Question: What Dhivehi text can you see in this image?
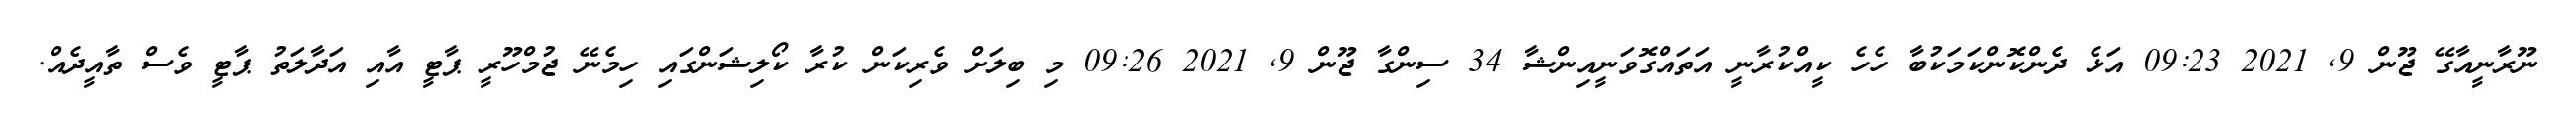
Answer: ނޫރާނީއާގޭ ޖޫން 9, 2021 09:23 އަޅެ ދެންކޮންކަމަކުބާ ހެހެ ކީއްކުރާނީ އަތައްގޮވަނީއިންޝާ 34 ސިންގާ ޖޫން 9, 2021 09:26 މި ބިލަށް ވެރިކަން ކުރާ ކޯލިޝަންގައި ހިމެނޭ ޖުމްހޫރީ ޕާޓީ އާއި އަދާލަތު ޕާޓީ ވެސް ތާއީދެއް.